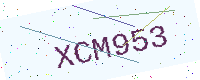
Text: XCM953